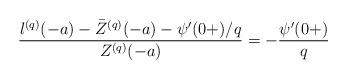
LaTeX: \begin{align*}\frac{l^{(q)}(-a) - \bar{Z}^{(q)} (-a) - \psi^{\prime} (0+)/q }{Z^{(q)}(-a)} = - \frac {\psi'(0+)} q\end{align*}